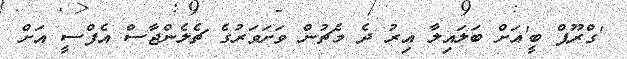
'ގްރޫޕް ބީ'އަށް ބަލައިލާ އިރު ދެ މެޗުން ވަށަވަރުގެ ޗެލެންޖާސް އެފްސީ އަށް